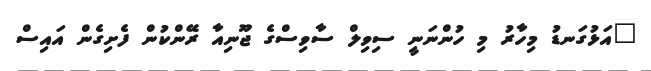
"އަޅުގަނޑު މިހާރު މި ހުންނަނީ ސިވިލް ސާވިސްގެ ޖޫނިއާ ރޭންކުން ފެށިގެން އައިސް